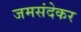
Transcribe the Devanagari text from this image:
जमसंदेकर